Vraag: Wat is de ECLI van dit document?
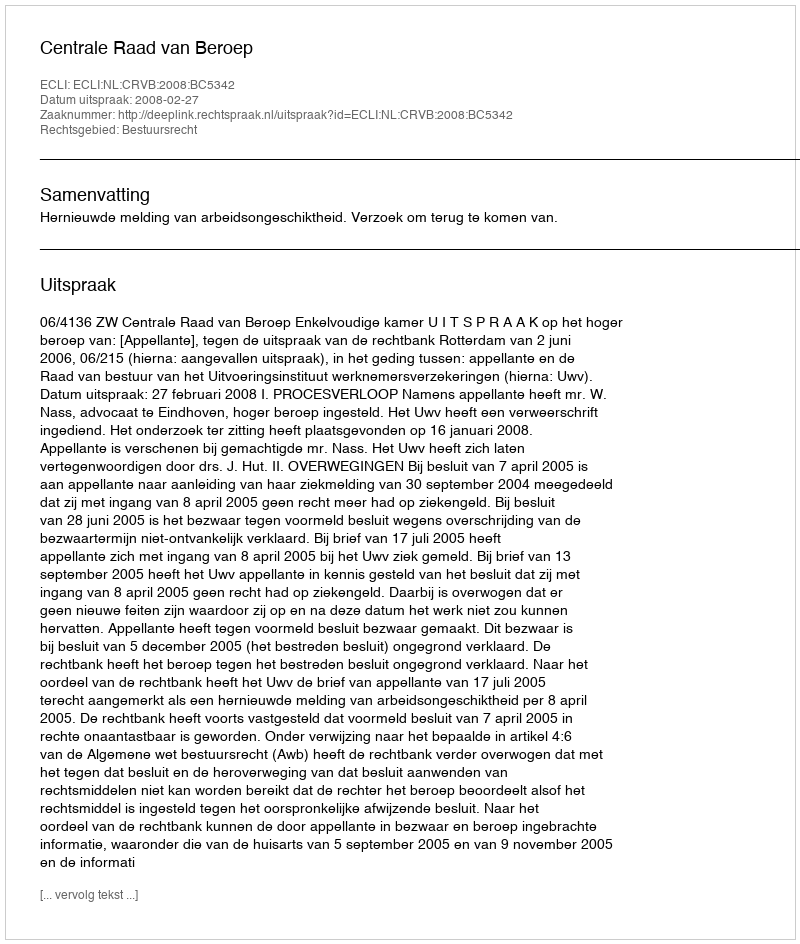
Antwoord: ECLI:NL:CRVB:2008:BC5342